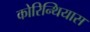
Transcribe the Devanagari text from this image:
कोरिन्थियास